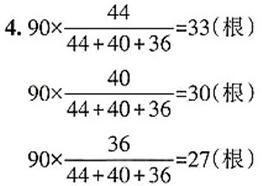
\[
\begin{align*}
&4.90\times\frac{44}{44 + 40 + 36}=33(\text{根})\\
&90\times\frac{40}{44 + 40 + 36}=30(\text{根})\\
&90\times\frac{36}{44 + 40 + 36}=27(\text{根})
\end{align*}
\]